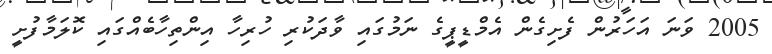
2005 ވަނަ އަހަރުން ފެށިގެން އެމްޑީޕީގެ ނަމުގައި ވާދަކުރި ހުރިހާ އިންތިހާބެއްގައި ކޮލަމާފުށީ